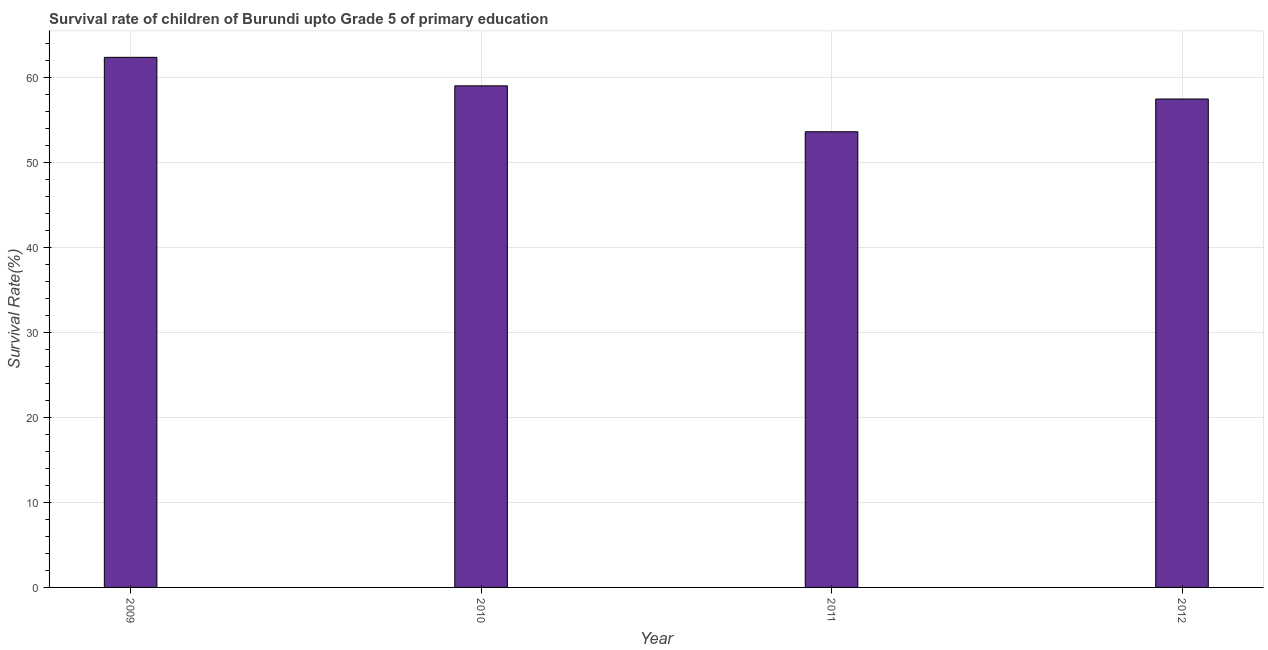
| Year | Survival rate |
 | --- | --- |
 | 2009 | 62.3 |
 | 2010 | 59 |
 | 2011 | 53.6 |
 | 2012 | 57.4 |